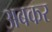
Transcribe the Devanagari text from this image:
अबकर